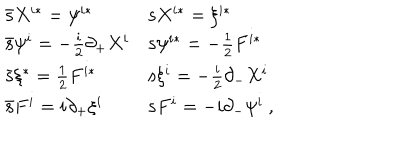
\begin{array} { l l } { { \bar { \bf s } X ^ { i * } = \psi ^ { i * } } } & { { { \bf s } X ^ { i * } = \xi ^ { i * } } } \\ { { \bar { \bf s } \psi ^ { i } = - \frac { i } { 2 } \partial _ { + } X ^ { i } } } & { { { \bf s } \psi ^ { i * } = - \frac { 1 } { 2 } F ^ { i * } } } \\ { { \bar { \bf s } \xi ^ { * } = \frac { 1 } { 2 } F ^ { i * } } } & { { { \bf s } \xi ^ { i } = - \frac { i } { 2 } \partial _ { - } X ^ { i } } } \\ { { \bar { \bf s } F ^ { i } = i \partial _ { + } \xi ^ { i } } } & { { { \bf s } F ^ { i } = - i \partial _ { - } \psi ^ { i } \ , } } \\ \end{array}